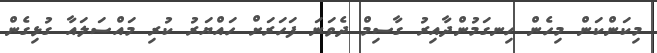
މިކަންކަން މިހެން ހިނގަމުންދާއިރު ގާސިމް ދެވަނަ ފަހަރަށް ހައްޔަރު ކުރި މައްސަލައާ ގުޅިގެން